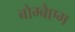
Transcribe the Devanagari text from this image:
बोम्बैएम